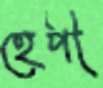
হেপী